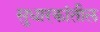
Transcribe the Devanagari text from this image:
सुधारकांतील